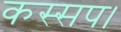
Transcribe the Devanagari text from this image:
कस्सप।